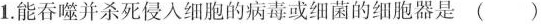
1. 能吞噬并杀死侵入细胞的病毒或细菌的细胞器是（）